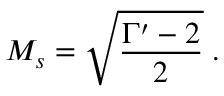
M _ { s } = \sqrt { \frac { \Gamma ^ { \prime } - 2 } { 2 } } \; .